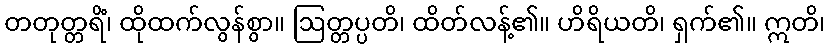
တတုတ္တရိံ၊ ထိုထက်လွန်စွာ။ ဩတ္တပ္ပတိ၊ ထိတ်လန့်၏။ ဟိရိယတိ၊ ရှက်၏။ ဣတိ၊